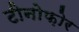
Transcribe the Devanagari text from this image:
टीनोफ़ोर